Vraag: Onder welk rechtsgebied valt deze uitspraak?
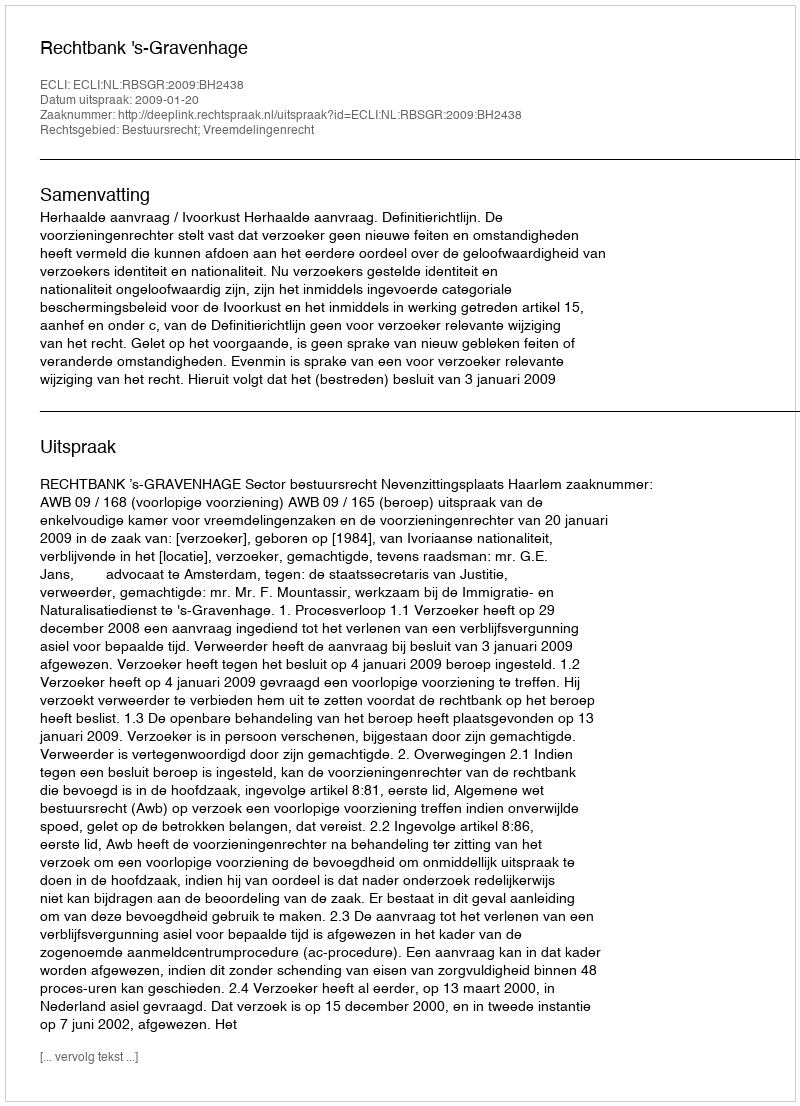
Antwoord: Bestuursrecht; Vreemdelingenrecht